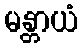
မန္တာယံ